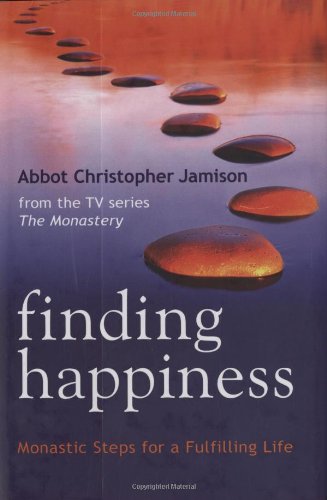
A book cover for Finding Happiness: Monastic Steps for a Fulfilling Life; Abbot Christopher Jamison; Christian Books & Bibles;